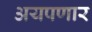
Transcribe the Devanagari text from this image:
अयपणार